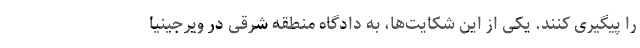
را پیگیری کنند. یکی از این شکایت‌ها، به دادگاه منطقه شرقی در ویرجینیا